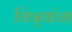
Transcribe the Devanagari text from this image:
चित्र्यांचा